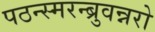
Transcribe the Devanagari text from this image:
पठन्स्मरन्ब्रुवन्नरो